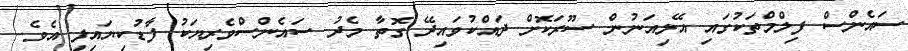
ސައެންސް ފިލްމްތަކުގައި އޭލިއަނުން ސޫރަކޮށް ދައްކުވައިދޭ ގޮތާ މެދު ސައެންސްވެރިޔަކު ފާޑުކިޔައިފި އެވެ.